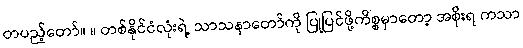
တပည့်တော်။ ။ တစ်နိုင်ငံလုံးရဲ့ သာသနာတော်ကို ပြုပြင်ဖို့ကိစ္စမှာတော့ အစိုးရ ကသာ